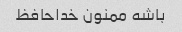
باشه ممنون خداحافظ